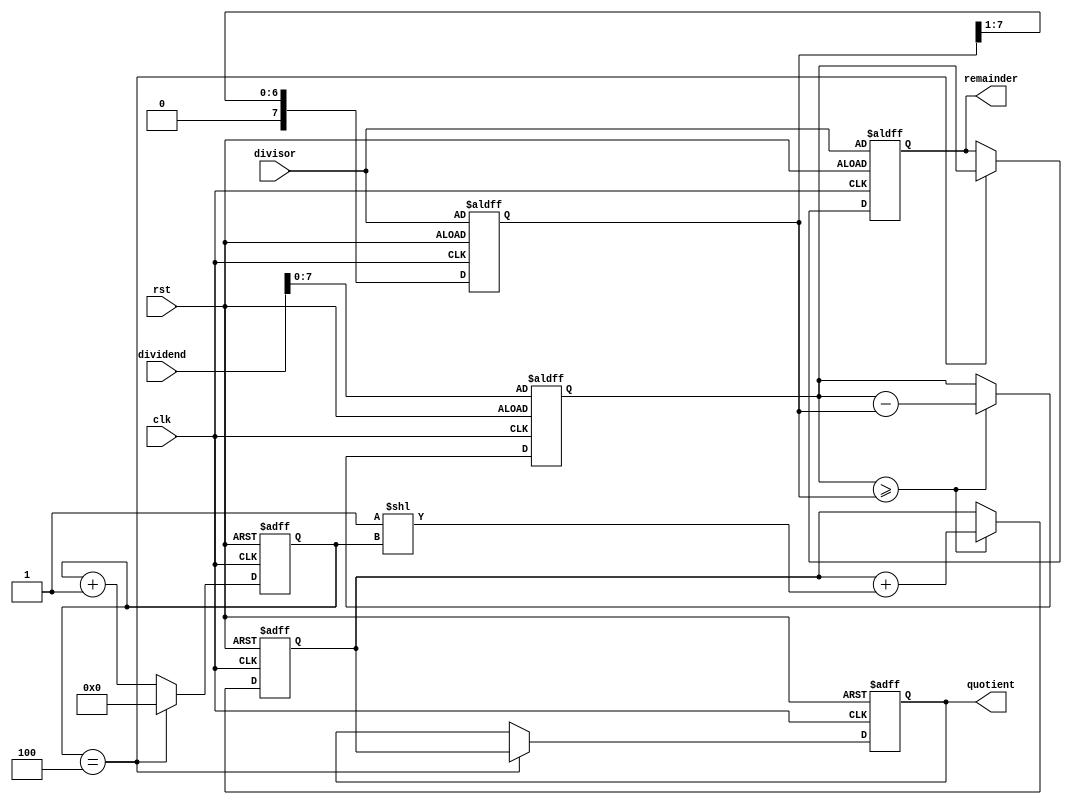
module radix_2_srt_divider (
    input wire clk,
    input wire rst,
    input wire [15:0] dividend,
    input wire [7:0] divisor,
    output reg [15:0] quotient,
    output reg [7:0] remainder
);

reg [15:0] partial_quotient;
reg [7:0] partial_remainder;
reg [3:0] shift_amount;
reg [7:0] divisor_temp;

always @(posedge clk or posedge rst) begin
    if (rst) begin
        partial_quotient <= 16'b0;
        partial_remainder <= dividend;
        shift_amount <= 4'b0;
        divisor_temp <= divisor;
        quotient <= 16'b0;
        remainder <= divisor;
    end else begin
        if (partial_remainder >= divisor_temp) begin
            partial_quotient <= partial_quotient + (1 << shift_amount);
            partial_remainder <= partial_remainder - divisor_temp;
        end
        divisor_temp <= divisor_temp >> 1;
        shift_amount <= shift_amount + 1;
        if (shift_amount == 4) begin
            shift_amount <= 4'b0;
            quotient <= partial_quotient;
            remainder <= partial_remainder;
        end
    end
end

endmodule